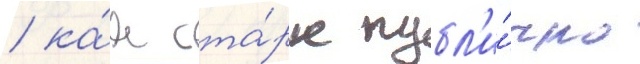
/ ка́к ста́рк публ'и́чно